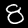
Digit: 8